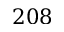
2 0 8